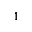
1